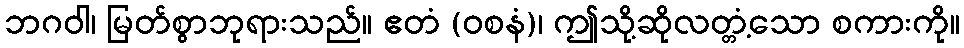
ဘဂဝါ၊ မြတ်စွာဘုရားသည်။ ဧတံ (ဝစနံ)၊ ဤသို့ဆိုလတ္တံ့သော စကားကို။